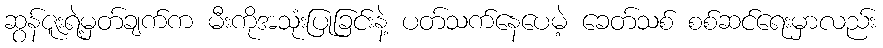
ဆွန်ဇူးရဲ့မှတ်ချက်က မီးကိုအသုံးပြုခြင်းနဲ့ ပတ်သက်နေပေမဲ့ ခေတ်သစ် စစ်ဆင်ရေးမှာလည်း